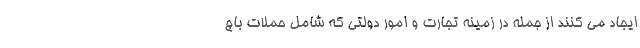
ایجاد می کنند از جمله در زمینه تجارت و امور دولتی که شامل حملات باج